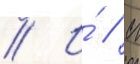
// И́ // М